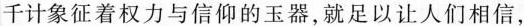
千计象征着权力与信仰的玉器，就足以让人们相信，